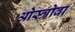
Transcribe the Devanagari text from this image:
ओस्त्रोवा